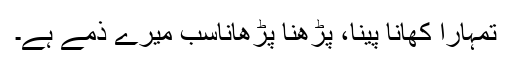
تمہارا کھانا پینا، پڑھنا پڑھاناسب میرے ذمّے ہے۔